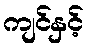
ကျင်နှင့်